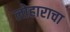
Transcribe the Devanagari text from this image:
लोहाराचा